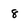
Character: 8